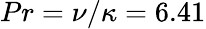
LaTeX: Pr=\nu/\kappa=6.41